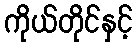
ကိုယ်တိုင်နှင့်